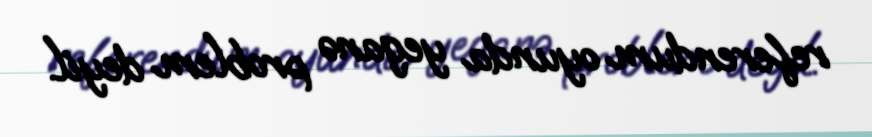
referendum oyunda yeganə problem deyil.